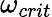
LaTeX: \omega_{crit}